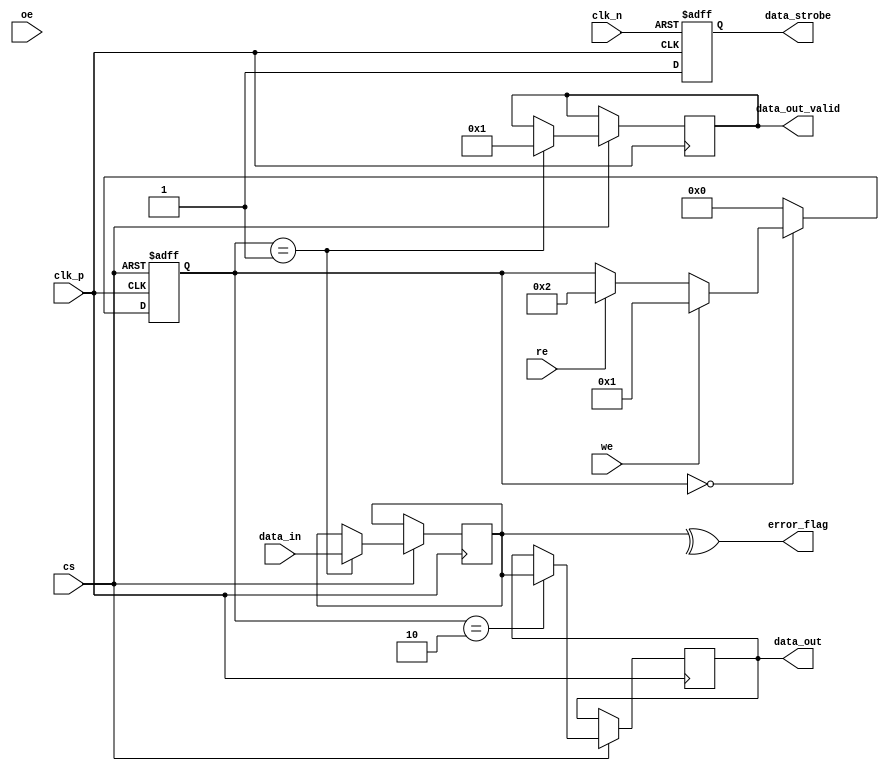
module gddr2_io_block #(
    parameter DATA_WIDTH = 32, // Configurable data bus width (16, 32, or 64 bits)
    parameter CLK_FREQ = 400_000_000 // Maximum clock frequency in Hz
)(
    input wire clk_p, // Positive differential clock input
    input wire clk_n, // Negative differential clock input
    input wire cs, // Chip Select
    input wire we, // Write Enable
    input wire re, // Read Enable
    input wire oe, // Output Enable
    input wire [DATA_WIDTH-1:0] data_in, // Data input
    output reg [DATA_WIDTH-1:0] data_out, // Data output
    output reg data_strobe, // Data strobe signal
    output reg [DATA_WIDTH-1:0] data_out_valid, // Valid data output
    output wire error_flag // Error detection flag
);

// Internal signals
reg [DATA_WIDTH-1:0] data_buffer;
reg [3:0] state; // State machine for control logic
localparam IDLE = 4'b0000, WRITE = 4'b0001, READ = 4'b0010;

// Error detection (simple parity check for demonstration)
assign error_flag = ^data_buffer;

// Clock management (simple clock edge detection)
always @(posedge clk_p or negedge clk_n) begin
    if (!clk_n) begin
        data_strobe <= 0; // Reset data strobe
    end else begin
        data_strobe <= 1; // Set data strobe on clock edge
    end
end

// Control logic for read/write operations
always @(posedge clk_p or negedge cs) begin
    if (!cs) begin
        state <= IDLE; // Reset state on chip select low
    end else begin
        case (state)
            IDLE: begin
                if (we) begin
                    state <= WRITE; // Transition to write state
                end else if (re) begin
                    state <= READ; // Transition to read state
                end
            end
            WRITE: begin
                data_buffer <= data_in; // Capture input data
                data_out_valid <= 1; // Indicate valid data output
                state <= IDLE; // Return to idle state
            end
            READ: begin
                data_out <= data_buffer; // Output buffered data
                state <= IDLE; // Return to idle state
            end
            default: state <= IDLE; // Default to idle state
        endcase
    end
end

// Power management (simple state control)
always @(posedge clk_p) begin
    if (cs) begin
        // Implement power-saving modes here if needed
    end
end

endmodule